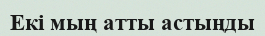
Екі мың атты астыңды